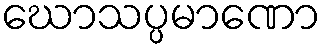
ဃောသပ္ပမာဏော